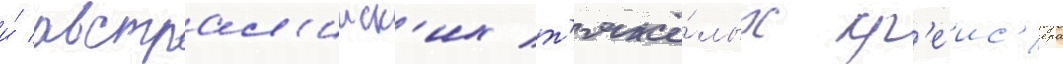
и́ австрал'ииск'их т'яжё́лых кр'еис'ера